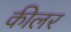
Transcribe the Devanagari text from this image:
कीलर